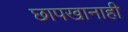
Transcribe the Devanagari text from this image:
छापखानाही